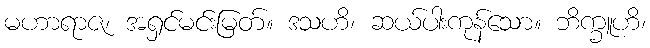
မဟာရာဇ၊ အရှင်မင်းမြတ်။ ဒသဟိ၊ ဆယ်ပါးကုန်သော။ ဘိက္ခူဟိ၊